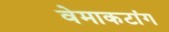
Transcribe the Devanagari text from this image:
वेमाकटांग